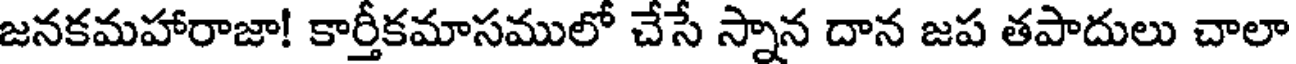
జనకమహారాజా! కార్తీకమాసములో చేసే స్నాన దాన జప తపాదులు చాలా